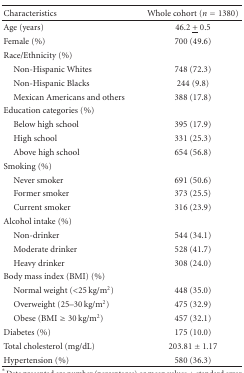
<table><thead><tr><td><b>Characteristics</b></td><td><b>Whole cohort (<i>n</i> = 1380)</b></td></tr></thead><tbody><tr><td>Age (years)</td><td>46.2 <underline>+</underline> 0.5</td></tr><tr><td>Female (%)</td><td>700 (49.6)</td></tr><tr><td>Race/Ethnicity (%)</td><td>[EMPTY_CELL]</td></tr><tr><td> Non-Hispanic Whites</td><td>748 (72.3)</td></tr><tr><td> Non-Hispanic Blacks</td><td>244 (9.8)</td></tr><tr><td> Mexican Americans and others</td><td>388 (17.8)</td></tr><tr><td>Education categories (%)</td><td>[EMPTY_CELL]</td></tr><tr><td> Below high school</td><td>395 (17.9)</td></tr><tr><td> High school</td><td>331 (25.3)</td></tr><tr><td> Above high school</td><td>654 (56.8)</td></tr><tr><td>Smoking (%)</td><td>[EMPTY_CELL]</td></tr><tr><td> Never smoker</td><td>691 (50.6)</td></tr><tr><td> Former smoker</td><td>373 (25.5)</td></tr><tr><td> Current smoker</td><td>316 (23.9)</td></tr><tr><td>Alcohol intake (%)</td><td>[EMPTY_CELL]</td></tr><tr><td> Non-drinker</td><td>544 (34.1)</td></tr><tr><td> Moderate drinker</td><td>528 (41.7)</td></tr><tr><td> Heavy drinker</td><td>308 (24.0)</td></tr><tr><td>Body mass index (BMI) (%)</td><td>[EMPTY_CELL]</td></tr><tr><td> Normal weight (&lt;25 kg/m<sup>2</sup>)</td><td>448 (35.0)</td></tr><tr><td> Overweight (25–30 kg/m<sup>2</sup>)</td><td>475 (32.9)</td></tr><tr><td> Obese (BMI ≥ 30 kg/m<sup>2</sup>)</td><td>457 (32.1)</td></tr><tr><td>Diabetes (%)</td><td>175 (10.0)</td></tr><tr><td>Total cholesterol (mg/dL)</td><td>203.81 ± 1.17</td></tr><tr><td>Hypertension (%)</td><td>580 (36.3)</td></tr></tbody></table>